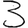
Digit: 3